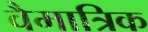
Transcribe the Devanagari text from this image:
वैमात्रिक